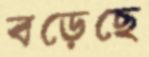
বড়েছে